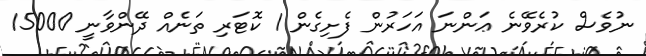
ނުވެސް ކުރެވޭނެ ޢަންނަ އަހަރުން ފެށިގެން 1 ކޮޓަރި ތަނެއް ދޭންވާނީ 15000